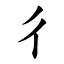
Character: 彳